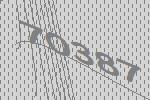
70387